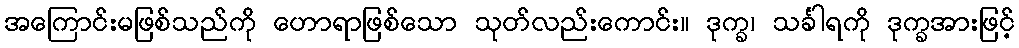
အကြောင်းမဖြစ်သည်ကို ဟောရာဖြစ်သော သုတ်လည်းကောင်း။ ဒုက္ခ၊ သင်္ခါရကို ဒုက္ခအားဖြင့်